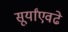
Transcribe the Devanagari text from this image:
सूर्यांएवढे